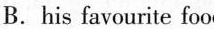
B.his favourite food